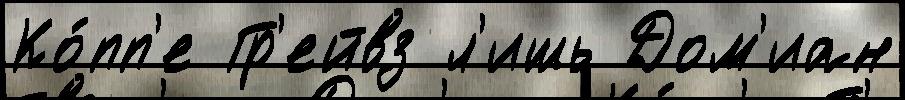
Ко́пп'е Гр'ейвз л'ишь Дом'иан